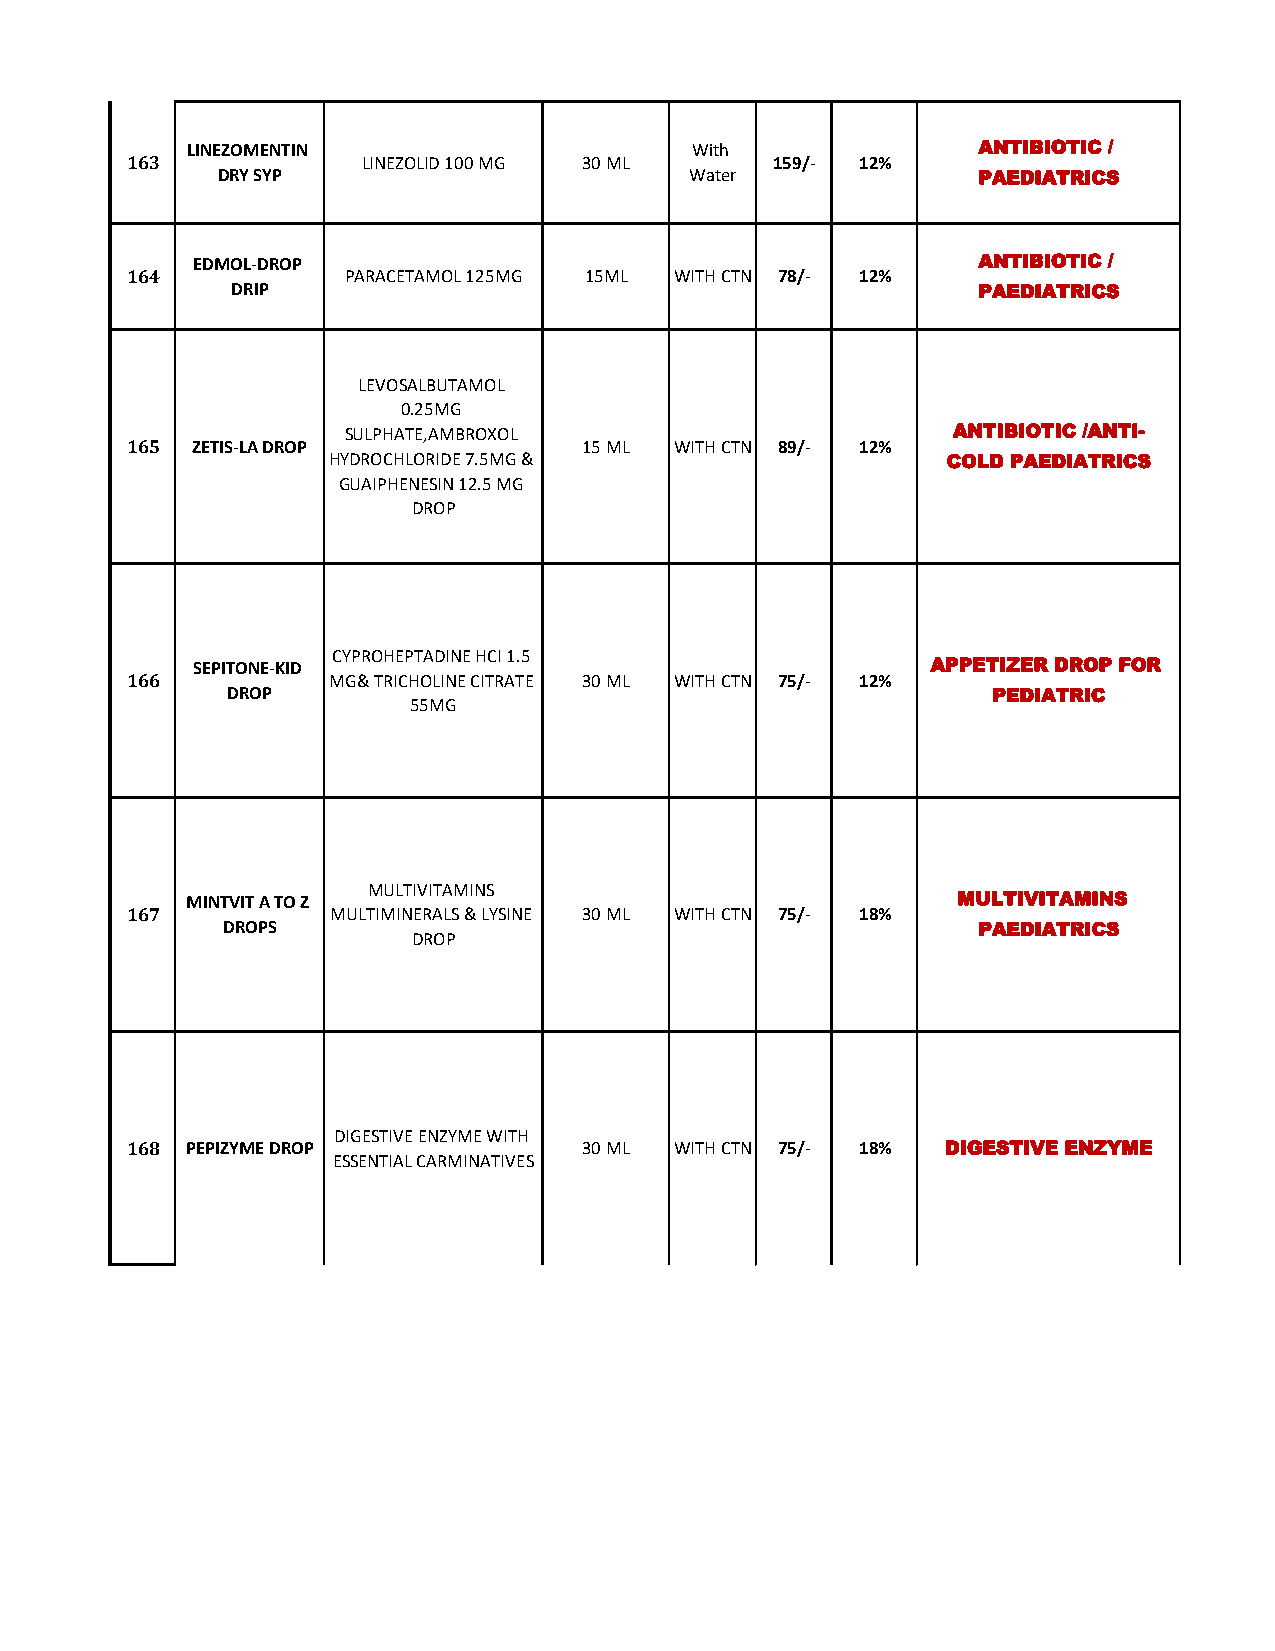
LINEZOMENTIN                      With               ANTIBIOTIC /
 163             LINEZOLID 100 MG 30 ML     159/- 12%
 DRY SYP                         Water              PAEDIATRICS
 EDMOL-DROP                                          ANTIBIOTIC /
 164            PARACETAMOL 125MG 15ML WITH CTN 78/- 12%
 DRIP                                              PAEDIATRICS
 LEVOSALBUTAMOL
 0.25MG
 SULPHATE,AMBROXOL                       ANTIBIOTIC /ANTI-
 165  ZETIS-LA DROP             15 ML WITH CTN 89/- 12%
 HYDROCHLORIDE 7.5MG &                    COLD PAEDIATRICS
 GUAIPHENESIN 12.5 MG
 DROP
 CYPROHEPTADINE HCI 1.5
 SEPITONE-KID                                     APPETIZER DROP FOR
 166           MG& TRICHOLINE CITRATE 30 ML WITH CTN 75/- 12%
 DROP                                               PEDIATRIC
 55MG
 MULTIVITAMINS
 MINTVIT A TO Z                                     MULTIVITAMINS
 167           MULTIMINERALS & LYSINE 30 ML WITH CTN 75/- 18%
 DROPS                                             PAEDIATRICS
 DROP
 DIGESTIVE ENZYME WITH
 168 PEPIZYME DROP              30 ML WITH CTN 75/- 18% DIGESTIVE ENZYME
 ESSENTIAL CARMINATIVES